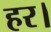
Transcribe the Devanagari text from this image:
हर।